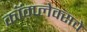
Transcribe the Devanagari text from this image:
कॉम्प्लेक्सचे